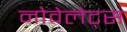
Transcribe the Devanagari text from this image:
नोवेलेट्स